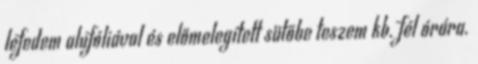
lefedem alufóliával és előmelegített sütőbe teszem kb. fél órára.